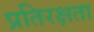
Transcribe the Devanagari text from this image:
प्रतिरक्षता